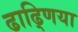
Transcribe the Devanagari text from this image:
ढाढ्णिया